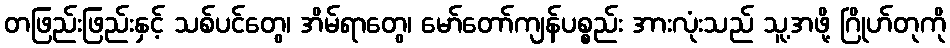
တဖြည်းဖြည်းနှင့် သစ်ပင်တွေ၊ အိမ်ရာတွေ၊ မော်တော်ကျန်ပစ္စည်း အားလုံးသည် သူ့အဖို့ ဂြိုဟ်တုကို